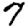
Digit: 7